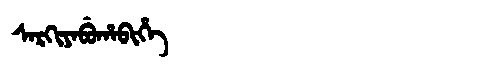
Manchu: ᠰᠠᡵᡴᡳᠶᠠᠪᡠᡥᠠᠪᡳᡥᡝ
Romanization: SARKIYABUHABIHE